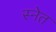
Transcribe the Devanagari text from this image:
स्नेत